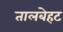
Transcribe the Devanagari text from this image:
तालबेहट